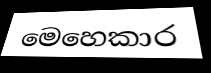
මෙහෙකාර